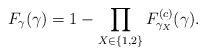
LaTeX: \begin{align*}F_{\gamma}(\gamma)= 1-\prod_{X\in\{1, 2\}}F_{\gamma_X}^{(c)}(\gamma).\end{align*}